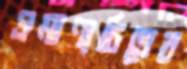
প্রমাণ্যচিত্রের